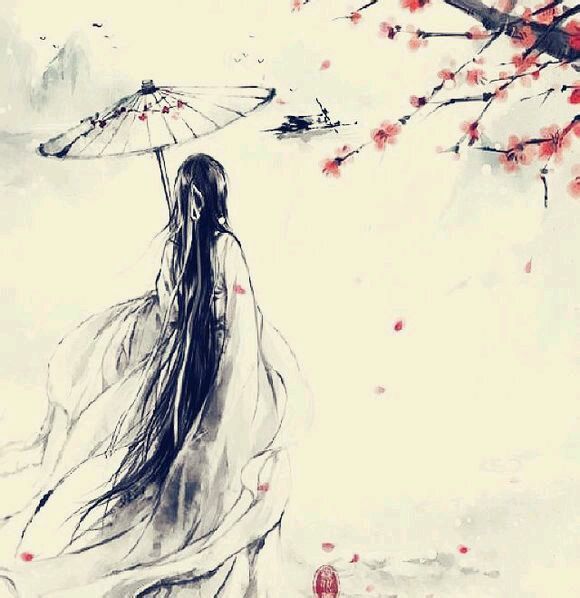
平芜尽处是春山，行人更在春山外。